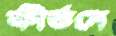
কীর্তনে